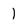
Character: 1